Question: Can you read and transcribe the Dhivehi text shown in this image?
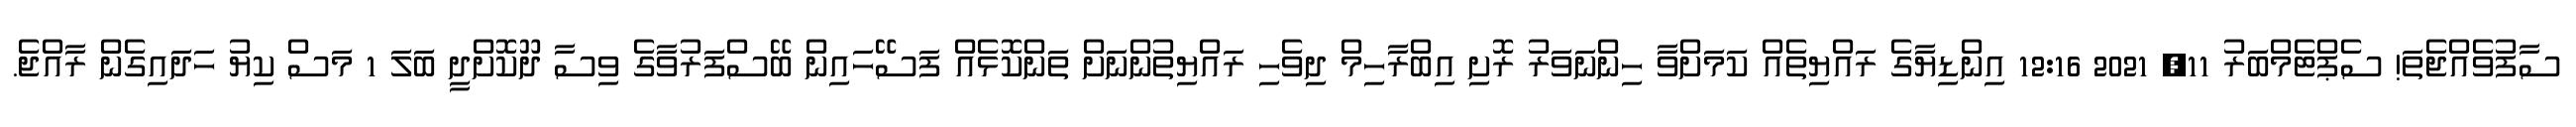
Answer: ސާފުވެއްޖެތަ! ސެޕްޓެމްބަރު 11, 2021 12:16 އިންޑިޔާގެ ރައްޔިތެއް ކަމަށްވާ ހިންނަވަރު ރޮށި އިބްރާހިމް ދިވެހި ރައްޔިތުންނަށް ތަންކޮޅެއް ފަސޭހައިން ބޭސްފަރުވާގެ ވިސާ ދޫކޮށްދީ ބަލަ 1 މަސް ކިޔު ހަދައިގެން ރާއްޖެ.